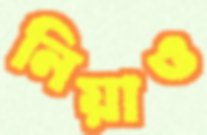
নিয়াও